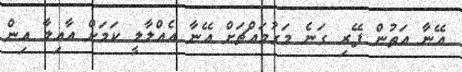
އޭނާ އަތުން ފޭރި ގަނެ މަގުމައްޗަށް އޭނާ އެއްލާލީ ކަމަށް އާއިލާ އިން